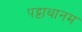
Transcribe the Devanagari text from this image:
पट्टाथानम